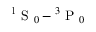
\ensuremath { { ^ 1 \mathrm { ~ S ~ } _ { 0 } } } - \ensuremath { { ^ 3 \mathrm { ~ P ~ } _ { 0 } } }